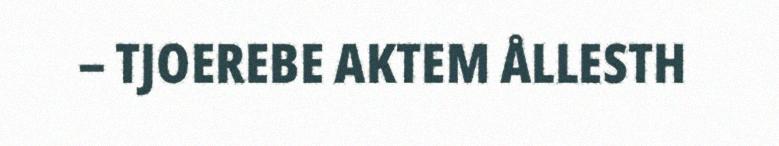
– TJOEREBE AKTEM ÅLLESTH